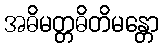
အဓိမတ္တဓိတိမန္တော